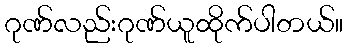
ဂုဏ်လည်းဂုဏ်ယူထိုက်ပါတယ်။